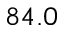
8 4 . 0